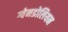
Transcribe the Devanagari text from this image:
ग्वेनडोलियन